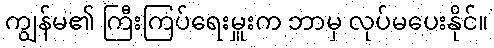
ကျွန်မ၏ ကြီးကြပ်ရေးမှူးက ဘာမှ လုပ်မပေးနိုင်။